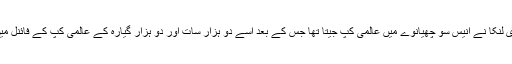
یادرہے کہ سری لنکا نے انیس سو چھیانوے میں عالمی کپ جیتا تھا جس کے بعد اسے دو ہزار سات اور دو ہزار گیارہ کے عالمی کپ کے فائنل میں شکست ہوئی۔